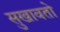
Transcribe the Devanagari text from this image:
सुखावतो